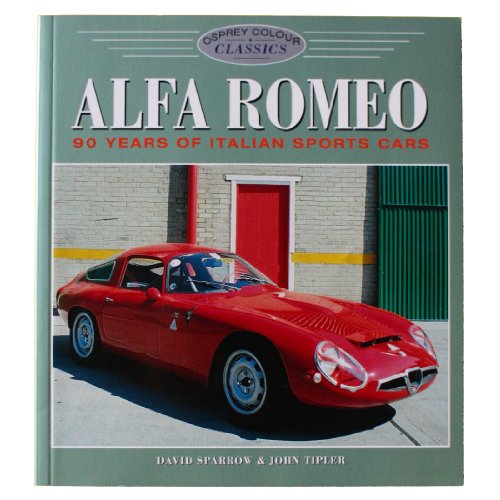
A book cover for Alfa Romeo: Legends (Colour Classics); David Sparrow; Engineering & Transportation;